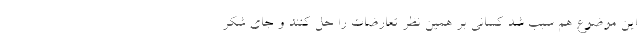
این موضوع هم سبب شد کسانی بر همین نظر تعارضات را حل کنند و جای شُکر